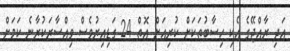
އަދި ރާއްޖޭގެ އެކި ހިސާބުތަކަށް ކުރިއަށް އޮތް 24 ގަޑިއިރުވެސް ވިއްސާރަކުރާނެ ކަމަށް